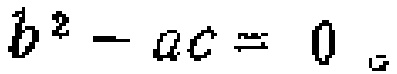
\(b^{2}-ac = 0\)